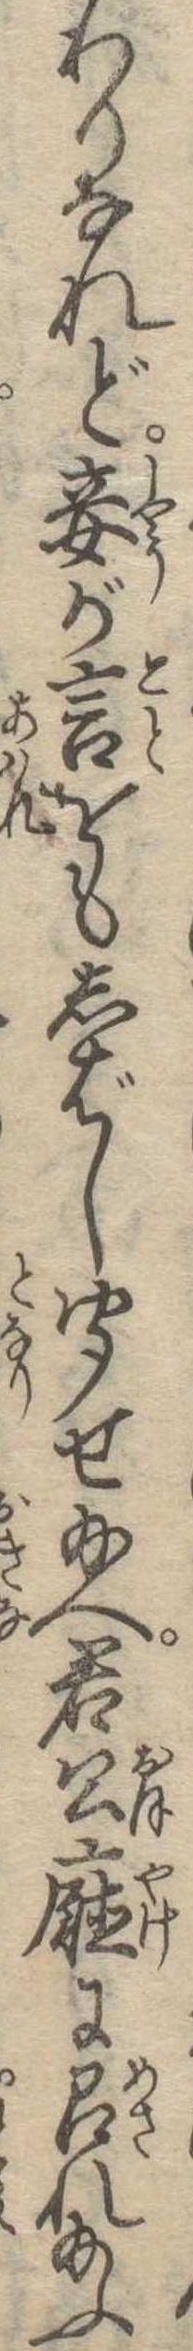
わりなれど妾が言をもしばし聞せ給へ君公庁に召れ給ふ